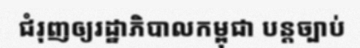
ជំរុញឲ្យរដ្ឋាភិបាលកម្ពុជា បន្តច្បាប់